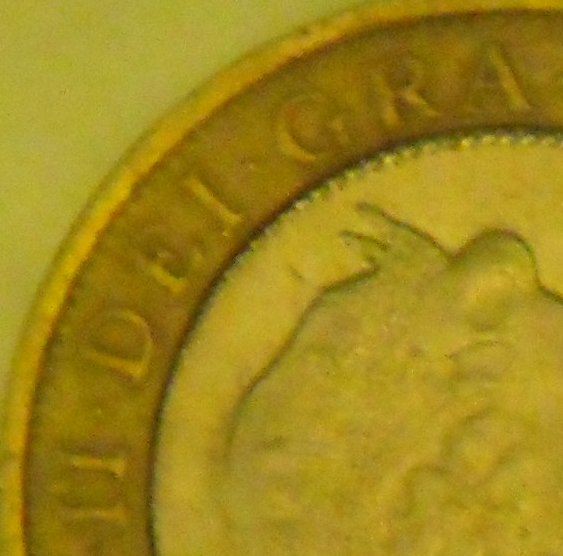
N DEI GRA